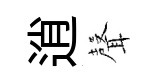
逍𮋻